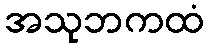
အသုဘကထံ